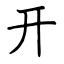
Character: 开